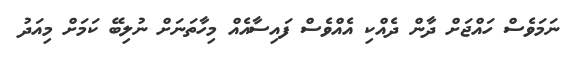
ނަމަވެސް ހައްޖަށް ދާން ދެއްކި އެއްވެސް ފައިސާއެއް މިހާތަނަށް ނުލިބޭ ކަމަށް މިއަދު